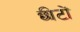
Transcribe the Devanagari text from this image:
छीटों